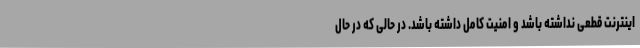
اینترنت قطعی نداشته باشد و امنیت کامل داشته باشد. در حالی که در حال